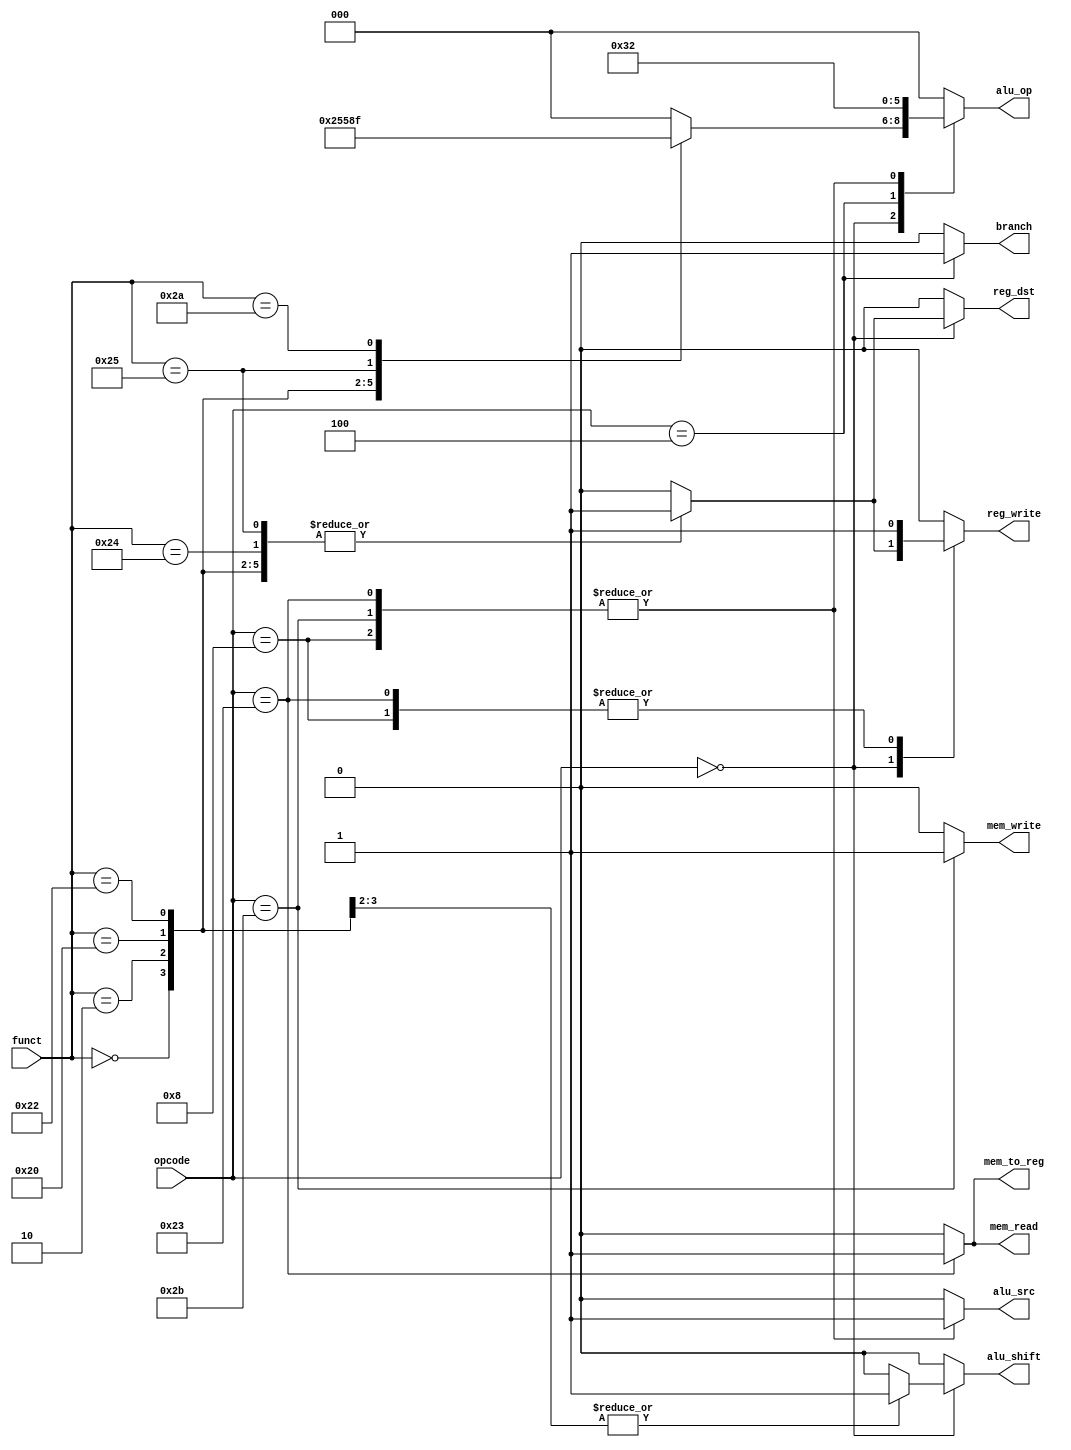
module control (
    input wire [5:0] opcode
,   input wire [5:0] funct
,   output reg [2:0] alu_op
,   output reg       alu_src
,   output reg       alu_shift
,   output reg       branch
,   output reg       mem_to_reg
,   output reg       mem_read
,   output reg       mem_write
,   output reg       reg_dst
,   output reg       reg_write
);

    always @* begin
        alu_op = 3'b000;
        alu_src = 1'b0;
        alu_shift = 1'b0;
        branch = 1'b0;
        mem_to_reg = 1'b0;
        mem_read = 1'b0;
        mem_write = 1'b0;
        reg_dst = 1'b0;
        reg_write = 1'b0;

        case (opcode)
            6'h0: begin
                case (funct)
                    6'h0: begin  /* sll */
                        alu_op = 3'b100;
                        alu_shift = 1'b1;
                        reg_dst = 1'b1;
                        reg_write = 1'b1;
                    end

                    6'h2: begin  /* srl */
                        alu_op = 3'b101;
                        alu_shift = 1'b1;
                        reg_dst = 1'b1;
                        reg_write = 1'b1;
                    end

                    6'h20: begin  /* add */
                        alu_op = 3'b010;
                        reg_dst = 1'b1;
                        reg_write = 1'b1;
                    end

                    6'h22: begin /* sub */
                        alu_op = 3'b110;
                        reg_dst = 1'b1;
                        reg_write = 1'b1;
                    end

                    6'h24: begin  /* and */
                        alu_op = 3'b000;
                        reg_dst = 1'b1;
                        reg_write = 1'b1;
                    end

                    6'h25: begin  /* or */
                        alu_op = 3'b001;
                        reg_dst = 1'b1;
                        reg_write = 1'b1;
                    end
                    
                    6'h2a: begin  /* slt */
                        alu_op = 3'b111;
                        reg_dst = 1'b1;
                        reg_write = 1'b1;
                    end

                endcase
            end

            // 6'h2:  /* j */

            6'h4: begin  /* beq */
                alu_op = 3'b110;
                branch = 1'b1;
            end

            6'h8: begin  /* addi */
                alu_op = 3'b010;
                alu_src = 1'b1;
                reg_write = 1'b1;
            end

            6'h23: begin  /* lw */
                alu_op = 3'b010;
                alu_src = 1'b1;
                mem_to_reg = 1'b1;
                mem_read = 1'b1;
                reg_write = 1'b1;
            end

            6'h2b: begin  /* sw */
                alu_op = 3'b010;
                alu_src = 1'b1;
                mem_write = 1'b1;
            end

        endcase
        
    end

endmodule